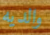
والديه